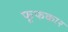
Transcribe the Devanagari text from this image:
फूफकार